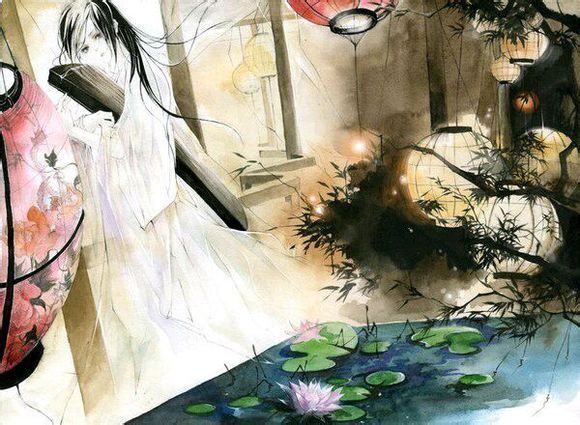
二十四桥仍在，波心荡冷月无声。